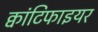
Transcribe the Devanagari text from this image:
क्वांटिफाइयर